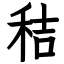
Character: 秸